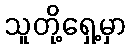
သူတို့ရှေ့မှာ